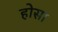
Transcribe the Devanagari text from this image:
होसा